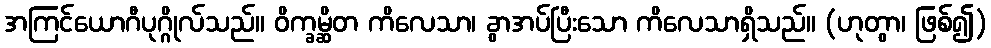
အကြင်ယောဂီပုဂ္ဂိုလ်သည်။ ဝိက္ခမ္ဆိတ ကိလေသာ၊ ခွာအပ်ပြီးသော ကိလေသာရှိသည်။ (ဟုတွာ၊ ဖြစ်၍)